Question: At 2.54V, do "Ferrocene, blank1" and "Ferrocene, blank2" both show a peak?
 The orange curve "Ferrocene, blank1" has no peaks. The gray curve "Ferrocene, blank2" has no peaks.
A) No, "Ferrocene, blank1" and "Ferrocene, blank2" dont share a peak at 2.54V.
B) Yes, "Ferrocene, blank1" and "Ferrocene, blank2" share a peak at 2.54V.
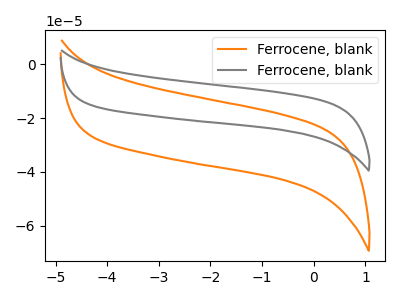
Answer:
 <answer>A) No, "Ferrocene, blank1" and "Ferrocene, blank2" dont share a peak at 2.54V.</answer>
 <eval>A</eval>